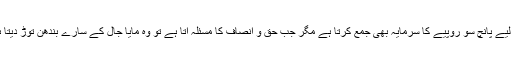
اس لیے پانچ سو روپیے کا سرمایہ بھی جمع کرتا ہے مگر جب حق و انصاف کا مسئلہ آتا ہے تو وہ مایا جال کے سارے بندھن توڑ دیتا ہے۔